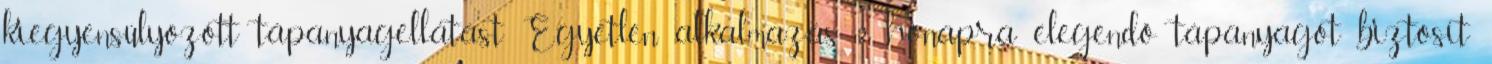
kiegyensúlyozott tápanyagellátást Egyetlen alkalmazás 2 hónapra elegendő tápanyagot biztosít